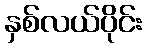
နှစ်လယ်ပိုင်း